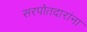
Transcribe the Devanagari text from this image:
सरपोतदारांना